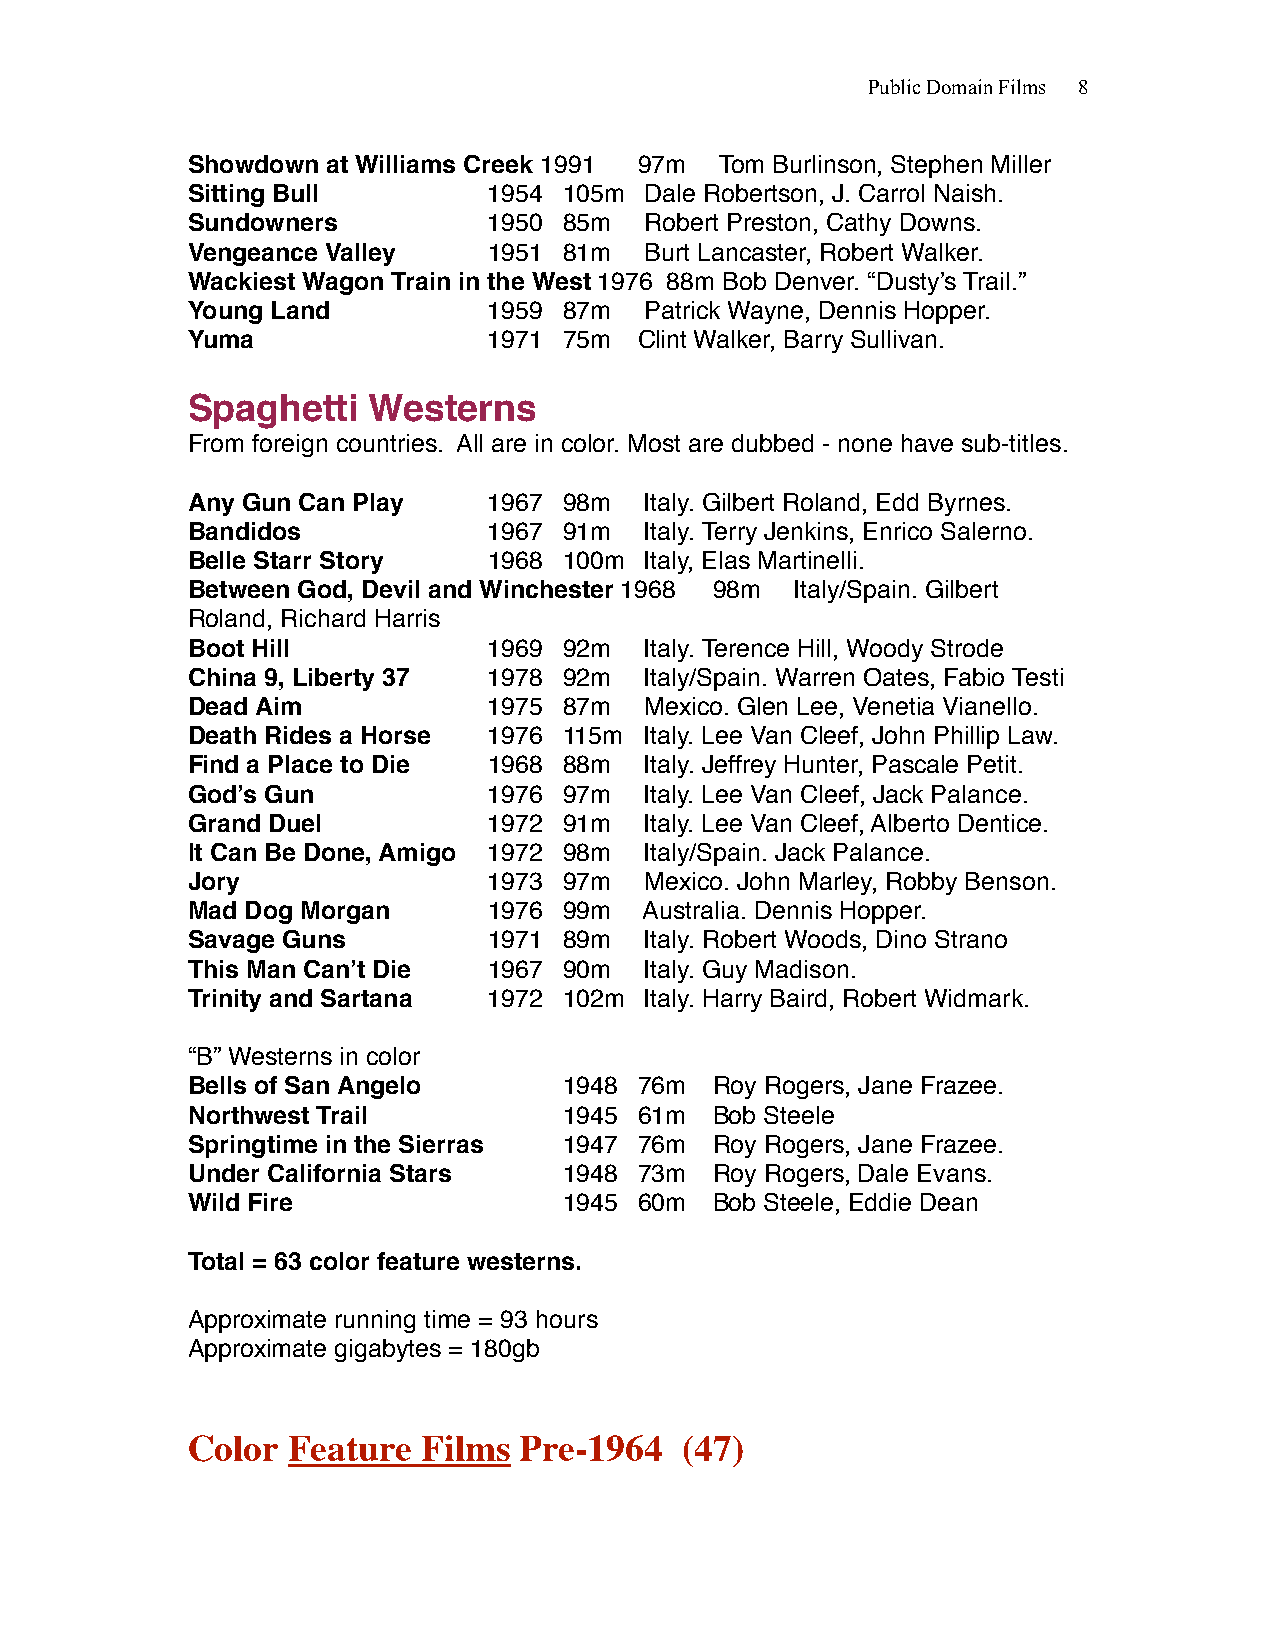
Public Domain Films 8
 Showdown  at Williams Creek 1991! 97m! Tom Burlinson, Stephen Miller
 Sitting Bull !! !   1954! 105m! Dale Robertson, J. Carrol Naish.
 Sundowners !   !    1950! 85m! Robert Preston, Cathy Downs.
 Vengeance Valley !! 1951! 81m! Burt Lancaster, Robert Walker.
 Wackiest Wagon Train in the West 1976 88m Bob Denver. “Dusty’s Trail.”
 Young Land !!  !    1959! 87m! Patrick Wayne, Dennis Hopper.
 Yuma !!   !    !    1971! 75m ! Clint Walker, Barry Sullivan.
 Spaghetti   Westerns
 From foreign countries. All are in color. Most are dubbed - none have sub-titles.
 Any Gun Can Play !! 1967! 98m! Italy. Gilbert Roland, Edd Byrnes.
 Bandidos ! !   !    1967! 91m! Italy. Terry Jenkins, Enrico Salerno.
 Belle Starr Story ! ! 1968! 100m! Italy, Elas Martinelli.
 Between God, Devil and Winchester 1968! 98m! Italy/Spain. Gilbert
 Roland, Richard Harris
 Boot Hill ! !  !    1969! 92m! Italy. Terence Hill, Woody Strode
 China 9, Liberty 37 ! 1978! 92m! Italy/Spain. Warren Oates, Fabio Testi
 Dead Aim ! !   !    1975! 87m! Mexico. Glen Lee, Venetia Vianello.
 Death Rides a Horse ! 1976! 115m! Italy. Lee Van Cleef, John Phillip Law.
 Find a Place to Die ! 1968! 88m! Italy. Jeffrey Hunter, Pascale Petit.
 God’s Gun ! !  !    1976! 97m! Italy. Lee Van Cleef, Jack Palance.
 Grand Duel !!  !    1972! 91m! Italy. Lee Van Cleef, Alberto Dentice.
 It Can Be Done, Amigo ! 1972! 98m! Italy/Spain. Jack Palance.
 Jory ! !  !    !    1973! 97m! Mexico. John Marley, Robby Benson.
 Mad Dog Morgan ! !  1976! 99m! Australia. Dennis Hopper.
 Savage Guns !  !    1971! 89m! Italy. Robert Woods, Dino Strano
 This Man Can’t Die ! 1967! 90m! Italy. Guy Madison.
 Trinity and Sartana ! 1972! 102m! Italy. Harry Baird, Robert Widmark.
 “B” Westerns in color
 Bells of San Angelo! !   1948! 76m! Roy Rogers, Jane Frazee.
 Northwest Trail ! ! !    1945! 61m! Bob Steele
 Springtime in the Sierras ! 1947! 76m! Roy Rogers, Jane Frazee.
 Under California Stars ! ! 1948! 73m! Roy Rogers, Dale Evans.
 Wild Fire! !   !    !    1945! 60m! Bob Steele, Eddie Dean
 Total = 63 color feature westerns.
 Approximate running time = 93 hours
 Approximate gigabytes = 180gb
 Color  Feature  Films Pre-1964   (47)